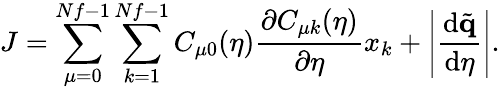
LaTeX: J=\sum_{\mu=0}^{Nf-1}\sum_{k=1}^{Nf-1}C_{\mu 0}(\eta)\frac{\partial C_{\mu k}(\eta)}{\partial\eta}x_{k}+\left|\frac{\mathrm{d}\tilde{\mathbf{q}}}{\mathrm{d}\eta}\right|.